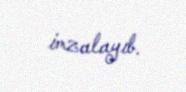
imzalayıb.